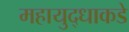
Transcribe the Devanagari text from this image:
महायुद्धाकडे